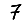
Digit: 7